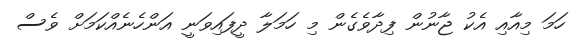
ހަމަ މިއާއި އެކު ޖާނުން ފިދާވެގެން މި ހަމަލާ ދީފައިވަނީ އަންހެނެއްކަމަށް ވެސް